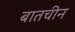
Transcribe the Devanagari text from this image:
बातचीन